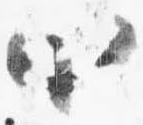
小